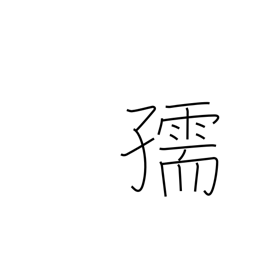
Meaning: child